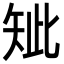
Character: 䂑